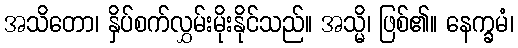
အသိတော၊ နှိပ်စက်လွှမ်းမိုးနိုင်သည်။ အသ္မိ၊ ဖြစ်၏။ နေက္ခမံ၊